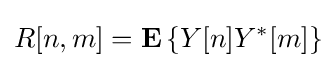
R[n,m]=\mathbf {E} \left\{Y[n]Y^{*}[m]\right\}